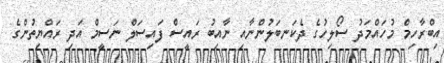
އިބްރާހިމް މުހައްމަދު ސޯލިހުގެ ދެކަނބަލުންނާއި ނާއިބު ރައީސް ފައިސަލް ނަސީމް އަދި ރައްޔިތުންގެ